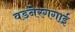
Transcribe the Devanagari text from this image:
वडनेरगगाई